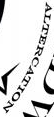
ALTERCATION